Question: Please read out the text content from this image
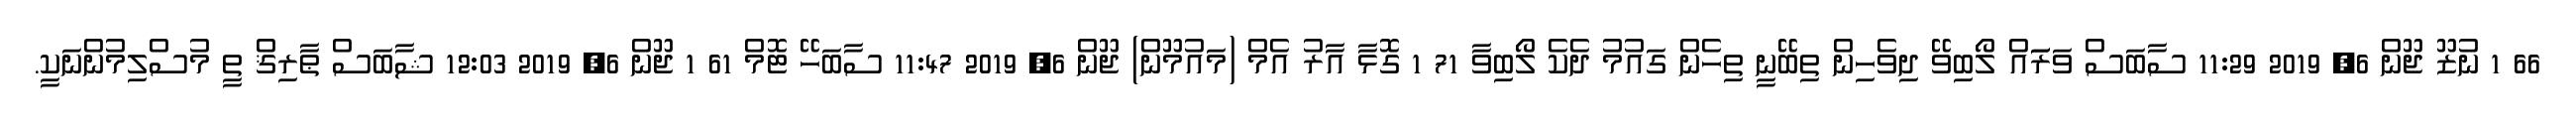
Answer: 66 1 ނުޒޫ ޖޫން 6, 2019 11:29 ސާބަސް ވަރަައް ލޯބިވޭ ދިވެހިން ތިބޭނީ ތިހެން ގައުމު ދެކެ ލޯބިވާ 71 1 ގޮޅާ އާރު އެމް (މައުމޫން) ޖޫން 6, 2019 11:47 ސާބަހޭ ޓޮމް 61 1 ޖޫން 6, 2019 12:03 ޝާބަސް ޠާރިޤް ތީ މުސްލިމުންނަކީ.